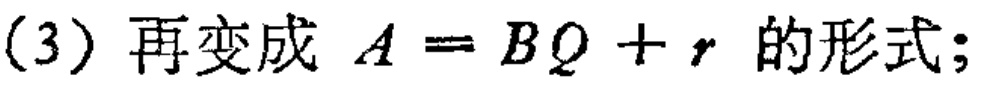
(3) 再变成 \(A = BQ + r\) 的形式;